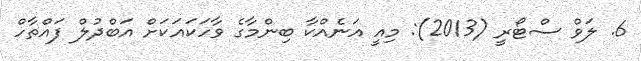
6. ލަވް ސްޓޯރީ (2013): މިއީ އަނެއްކާ ބިންމާގެ ވާހަކައަކަށް އަބްދުލް ފައްތާހް